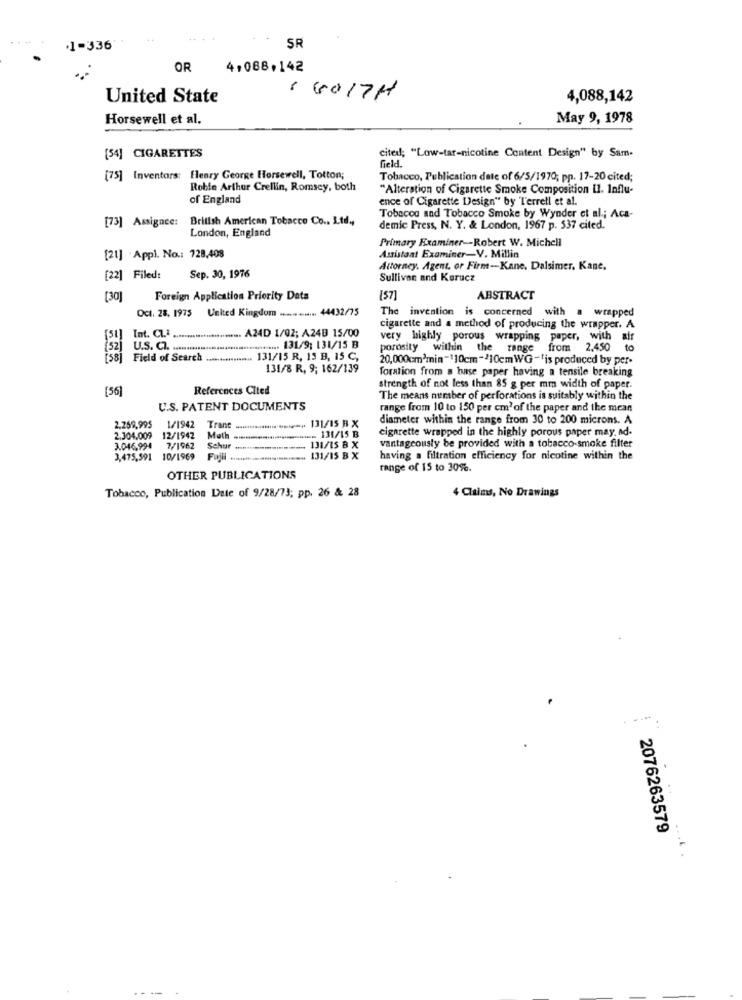
SR
.1-336'
OR
4,088.142
United State
1 6017H
4,088,142
Horsewell et al.
May 9, 1978
54] CIGARETTES
cited; "Low-tar-nicotine Content Design" by Sam-
field.
[75] Inventars: Henry George Horsewell, Totton;
Tobacco, Publication date of 6/5/1970; pp. 17-20 cited;
Roble Arthur Crellin, Romsey, both
"Alteration of Cigarette Smoke Composition il. Influ-
of England
ence of Cigarette Design" by Terrell et al.
[73] Assignee: British American Tobacco Co ., Ltd .,
Tobacco and Tobacco Smoke by Wynder et al .; Aca-
London, England
demic Press, N. Y. & London, 1967 p. 537 cited.
Primary Examiner -- Robert W. Michell
Assistant Examiner-V. Millin
[21] Appl. No .: 728,408
Attorney. Agent, or Firm-Kane. Dalsimer. Kane.
[22] Filed:
Sep. 30, 1976
Sullivan and Kurucz
[30]
Foreign Application Priority Data
[57]
ABSTRACT
Oct. 28, 1975 United Kingdom .............. 44432/75
The invention is concerned with a wrapped
...... A24D 1/02; A24B 15/00
cigarette and a method of producing the wrapper. A
Int. C1.2 .....
very highly porous wrapping paper, with air
[52] U.S. C .. ......
........ .... 131/9: 131/15 B
porosity within the range from 2.450 to
Field of Search ................. 131/15 R, 15 B, 15 C,
20,000cm3min-110cm-$10cmWG-''is produced by per-
131/8 R, 9; 162/139
Toration from a base paper having a tensile breaking
[56]
References Cited
strength of not less than 85 g per mm width of paper.
The means number of perforations is suitably within the
U.S. PATENT DOCUMENTS
range from 10 to 150 per cm' of the paper and the mean
diameter within the range from 30 to 200 microns. A
2.259,995 1/1942
131/15 B X
cigarette wrapped in the highly porous paper may, ad-
2,304,009
Muth
- 131/15 B
vantageously be provided with a tobacco-smoke filter
3.046,994
7/1962
Sehur
131/15 8 X
3,475,591 10/1969
Fujll ....
-- 131/15 B X
having a filtration efficiency for nicotine within the
range of 15 to 30%.
OTHER PUBLICATIONS
4 Claims, No Drawings
Tobacco, Publication Date of 9/28/73; pp. 26 & 28
2076263579
....